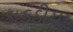
કાકડીયા